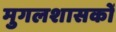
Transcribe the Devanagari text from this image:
मुगलशासकों